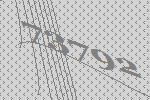
73792